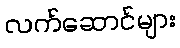
လက်ဆောင်များ